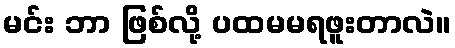
မင်း ဘာ ဖြစ်လို့ ပထမမရဖူးတာလဲ။